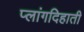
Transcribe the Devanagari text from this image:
प्लांगदिहाती